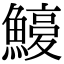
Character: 𩺽